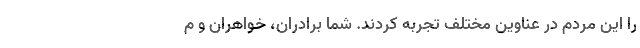
را این مردم در عناوین مختلف تجربه کردند. شما برادران، خواهران و م